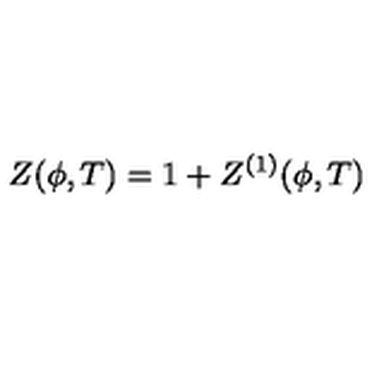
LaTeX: Z ( \phi , T ) = 1 + Z ^ { ( 1 ) } ( \phi , T )